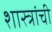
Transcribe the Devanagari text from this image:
शास्त्रांची